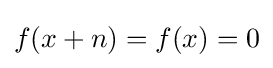
f(x+n)=f(x)=0